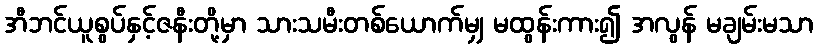
အီဘင်ယူစွပ်နှင့်ဇနီးတို့မှာ သားသမီးတစ်ယောက်မျှ မထွန်းကား၍ အလွန် မချမ်းမသာ